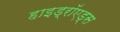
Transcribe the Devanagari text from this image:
हाइड्रॉएड्स